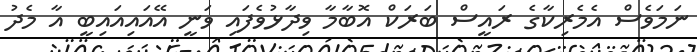
ނަމަވެސް އެމެރިކާގެ ރައީސް ބަރަކް އޮބާމާ ވިދާޅުވެފައި ވަނީ އޭއައިއައިބީ އާ މެދު